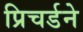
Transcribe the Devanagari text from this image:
प्रिचर्डने